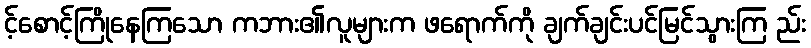
င့်စောင့်ကြိုနေကြသော ကဘား၏လူများက ဖရောက်ကို ချက်ချင်းပင်မြင်သွားကြ ည်း